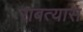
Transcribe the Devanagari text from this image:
राबत्यास